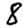
Digit: 8